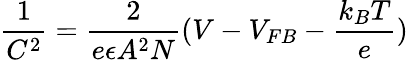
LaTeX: \frac{1}{C^{2}}=\frac{2}{e\epsilon A^{2}N}(V-V_{FB}-\frac{k_{B}T}{e})